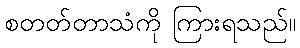
စတတ်တာသံကို ကြားရသည်။